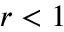
r < 1